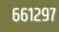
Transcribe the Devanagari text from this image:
६६१२९७